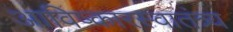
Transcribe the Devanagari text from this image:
आविष्कारस्वातंत्र्य